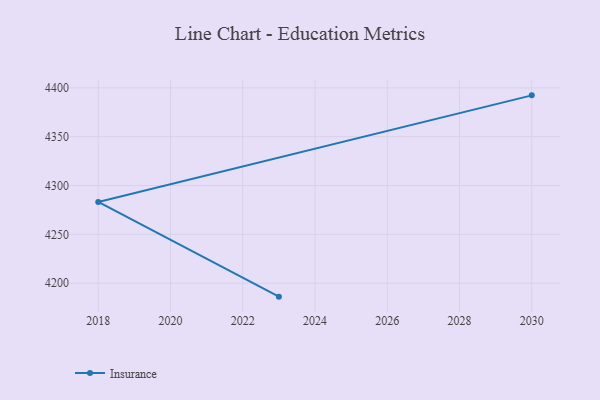
{"axis": {"x": "Year", "y": "Website Visitors"}, "legend": ["Insurance"], "data": [{"x": "2030", "y": 4392.3, "type": "Insurance"}, {"x": "2018", "y": 4283.2, "type": "Insurance"}, {"x": "2023", "y": 4186.2, "type": "Insurance"}]}